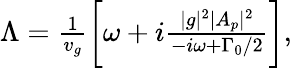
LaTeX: \begin{array}{r}{\Lambda=\frac{1}{v_{g}}\bigg[\omega+i\frac{|g|^{2}|A_{p}|^{2}}{-i\omega+\Gamma_{0}/2}\bigg],}\end{array}